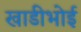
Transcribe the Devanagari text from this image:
खाडीभोई